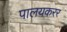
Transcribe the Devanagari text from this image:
पालयकरर